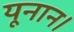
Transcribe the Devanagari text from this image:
यूनान।